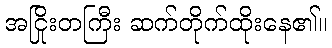
အငြိုးတကြီး ဆက်တိုက်ထိုးနေ၏။